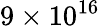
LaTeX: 9\times 10^{16}